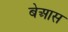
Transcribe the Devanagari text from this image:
बेआस